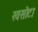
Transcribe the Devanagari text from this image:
खसोटा